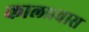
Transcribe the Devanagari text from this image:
कालप्रवास